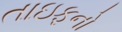
તાઇફનો